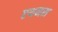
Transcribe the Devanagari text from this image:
एथनस